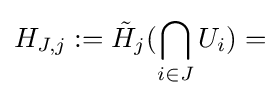
H_{J,j}:={\tilde {H}}_{j}(\bigcap _{i\in J}U_{i})=